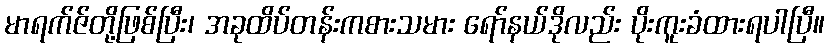
မာရက်ဇ်တို့ဖြစ်ပြီး၊ အခုထိပ်တန်းကစားသမား ရော်နယ်ဒိုလည်း ပိုးကူးခံထားရပါပြီ။